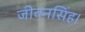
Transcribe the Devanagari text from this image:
जीवनसिंह।